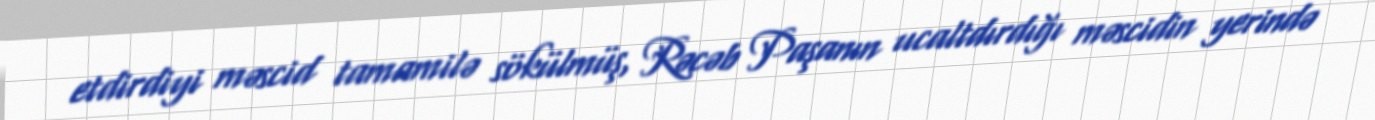
etdirdiyi məscid tamamilə sökülmüş, Rəcəb Paşanın ucaltdırdığı məscidin yerində